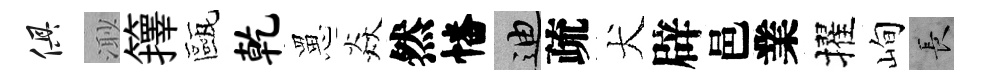
俱𣺌籜甌乾罳焱然幡迪疏犬辟邑業擢峋长